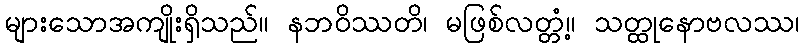
များသောအကျိုးရှိသည်။ နဘဝိဿတိ၊ မဖြစ်လတ္တံ့။ သတ္ထုနောဗလဿ၊